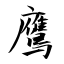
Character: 鷹